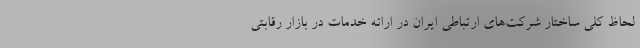
لحاظ کلی ساختار شرکت‌های ارتباطی ایران در ارائه خدمات در بازار رقابتی